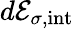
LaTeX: d{\cal E}_{\sigma,\mathrm{int}}